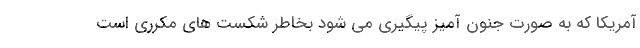
آمریکا که به صورت جنون آمیز پیگیری می شود بخاطر شکست های مکرری است